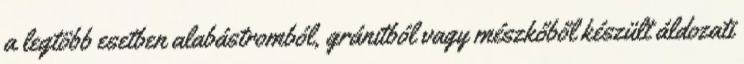
a legtöbb esetben alabástromból, gránitból vagy mészkőből készült áldozati